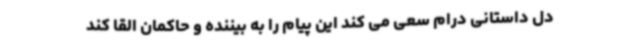
دل داستانی درام سعی می کند این پیام را به بیننده و حاکمان القا کند